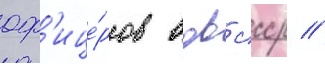
оф'ице́ров вдв ссср //